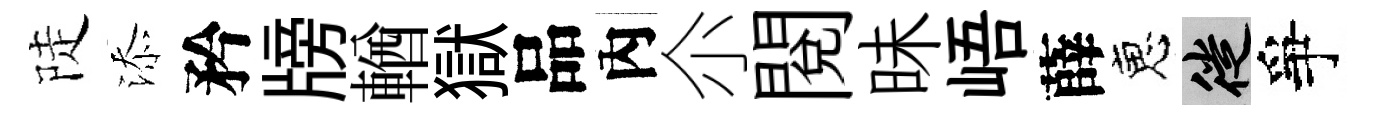
陡添矜牓輶獄品內尒閲昧峿薛恵徙爭